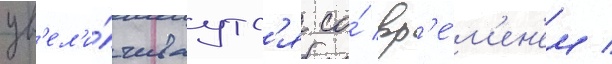
ув'ел'и́чиваутс'я со́ вр'е́м'ен'ем /